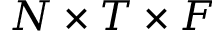
N \times T \times F